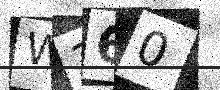
Text: W360